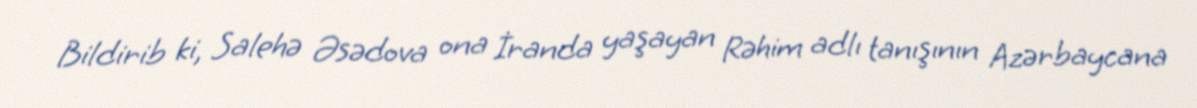
Bildirib ki, Salehə Əsədova ona İranda yaşayan Rəhim adlı tanışının Azərbaycana